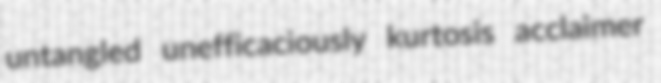
untangled unefficaciously kurtosis acclaimer